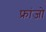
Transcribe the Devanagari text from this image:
फ्रांजो